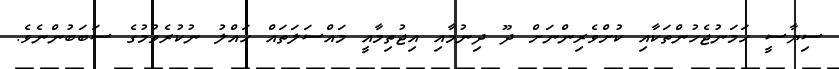
ސިޔާސީ ހަމަނުޖެހުންތަކާއި ކުށްވެރިންނަށް ދޫ ދިނުމާއި އިޖުތިމާއީ މައްސަލަތައް ހައްލު ނުކުރެވުމުގެ ސަބަބުންނެވެ.